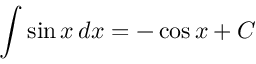
\int \sin { x } \, d x = - \cos { x } + C